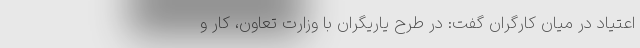
اعتیاد در میان کارگران گفت: در طرح یاریگران با وزارت تعاون، کار و